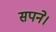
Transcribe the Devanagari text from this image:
सपने।